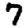
Digit: 7